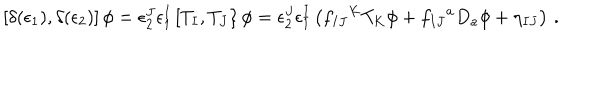
LaTeX: \left[ \delta ( \epsilon _ { 1 } ) , \delta ( \epsilon _ { 2 } ) \right] \phi = \epsilon _ { 2 } ^ { J } \epsilon _ { 1 } ^ { I } \left[ T _ { I } , T _ { J } \right\} \phi = \epsilon _ { 2 } ^ { J } \epsilon _ { 1 } ^ { I } \left( f _ { I J } { } ^ { K } T _ { K } \phi + f _ { I J } { } ^ { a } D _ { a } \phi + \eta _ { I J } \right) \, .